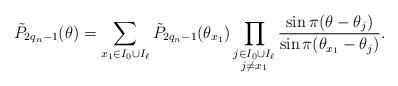
LaTeX: \begin{align*}\tilde{P}_{2q_n-1}(\theta)=\sum_{x_1\in I_0\cup I_{\ell}}\tilde{P}_{2q_n-1}(\theta_{x_1})\prod_{\substack{j\in I_0\cup I_{\ell}\\ j\neq x_1}} \frac{\sin\pi(\theta-\theta_j)}{\sin\pi(\theta_{x_1}-\theta_j)}.\end{align*}